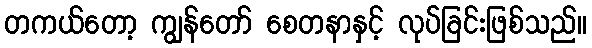
တကယ်တော့ ကျွန်တော် စေတနာနှင့် လုပ်ခြင်းဖြစ်သည်။